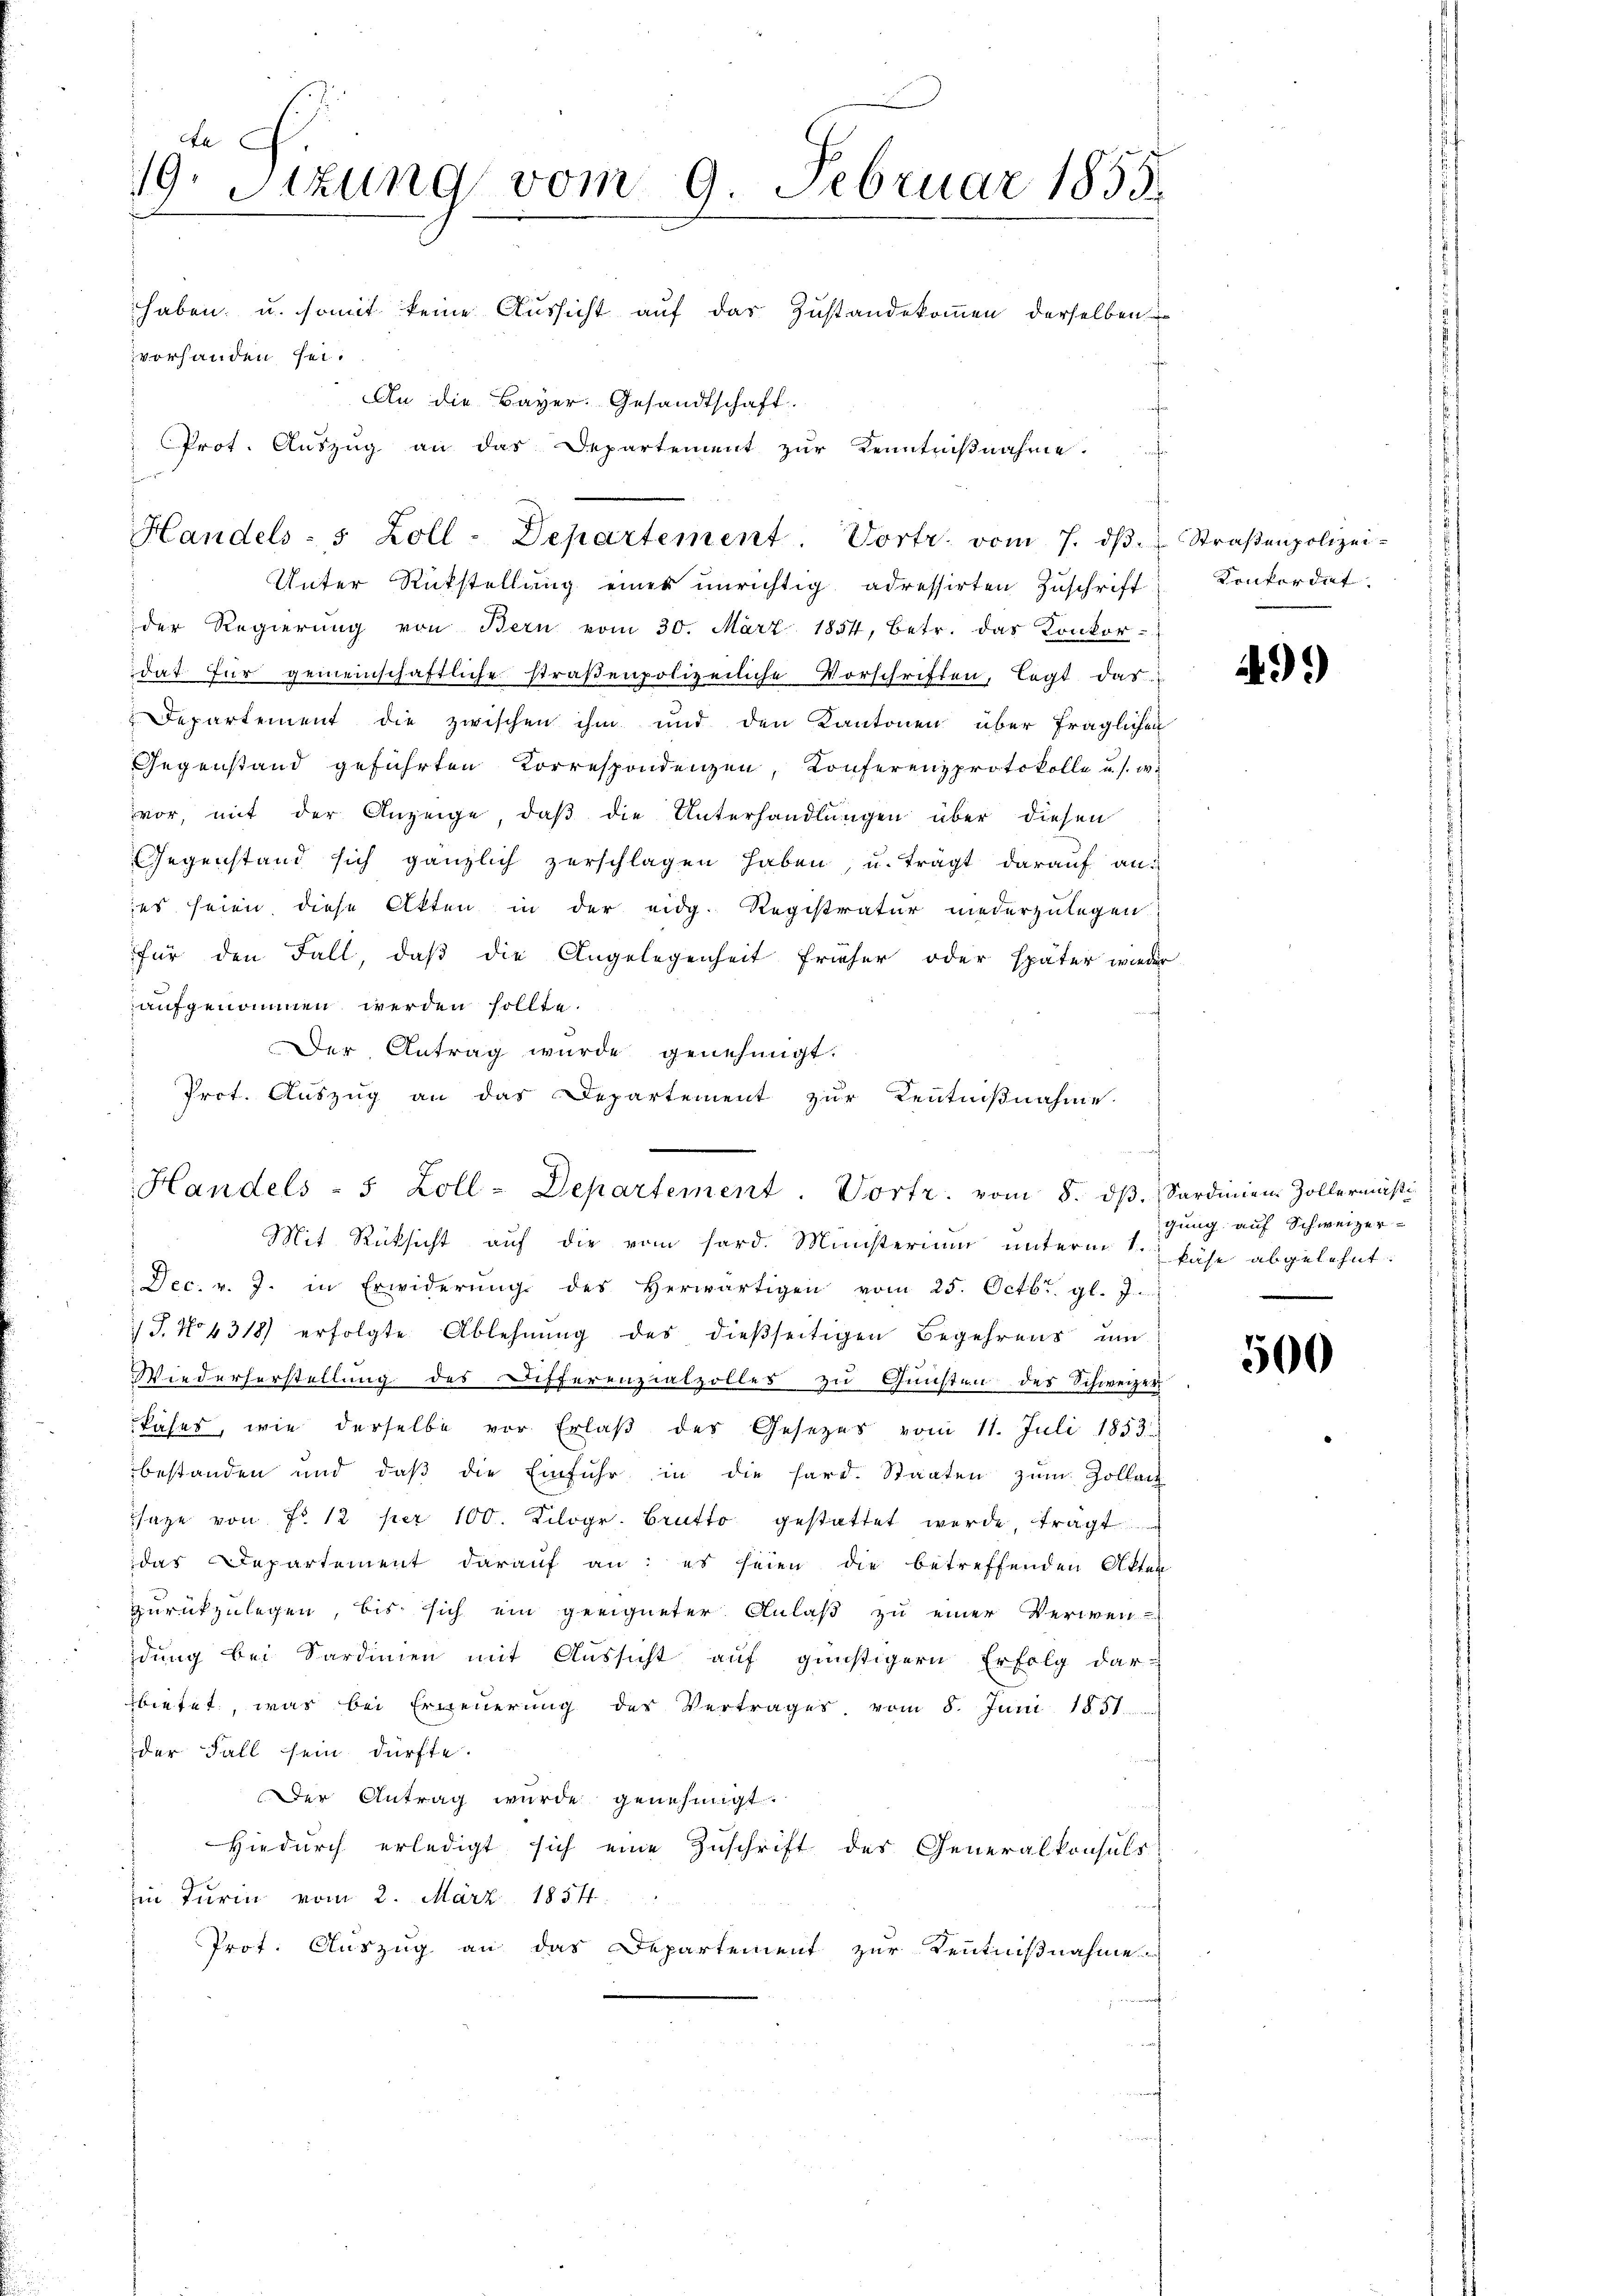
An
19.
Stzung vom 9. Februar 1855.
haben, u. somit keine Aussicht auf das Zustandekommen derselben
vorhanden sei.
An die Bayer. Gesandtschaft.
Prot. Auszug an das Departement zur Kenntnißnahme.
f

Handels- 5 Zoll-Departement. Vortr. vom 7. dβ.  Straβenpolizei-
Unter Rückstellung eines unrichtig adressirten Zuschrift

Handels - 5 Zoll-Departement. Vortr. vom 8. dβ. Sardinien Zollermäßi
Mit Rücksicht auf die vom sord. Ministerium unterm 1.

der Regierŭng von Bern vom 30. März 1854, betr. das Konkor-
dat für gemeinschaftliche straβenpolizeiliche Vorschriften, legt das
Departement die zwischen ihm und den Kantonen über fraglichen
Gegenstand geführten Correspondenzen, Konferenzprotokolle u. s. w.
vor, mit der Anzeige, daß die Unterhandlungen über diesen
Gegenstand sich gänzlich zerschlagen haben, u. trägt darauf an:
es seien diese Akten in der eidg. Registratur niederzulegen.
für den Fall, daβ die Angelegenheit früher oder später wieder
aufgenommen werden sollte.
n af
Der Antrag wurde genehmigt.
Prot. Auszug an das Departement zur Kenntnißnahme.

Dec. v. J. in Erwiderŭng des herwärtigen vom 25. Octbr. gl. J.
/J. No 4318 erfolgte Ablehnŭng des dießseitigen Begehrens ŭm
Wiederherstellung des Differenzialzolles zu Gunsten des Schweizer
kases, wie derselbe vor Erlaβ des Gesezes vom 11. Juli 1853
bestanden und daβ die Einfuhr in die hard. Staaten zŭm Zollac
sage von Fr. 12 per 100. Kilogr. Brutto gestattet werde, trägt
das Departement darauf an: es seien die betreffenden Akten
zurückzulegen, bis sich ein geeigneter Anlaß zu einer Verwen-
dung bei Sardinien mit Aussicht auf günstigern Erfolg dar-
bietet, was bei Erneuerung des Vertrages vom 8. Juni 1851.
der Fall sein dürfte.
f
Der Antrag wurde genehmigt.
Hiedurch erledigt sich eine Zuschrift des Generalkonsuls
in Turin vom 2. März 1854.
Prot. Auszug an das Departement zur Kenntnißnahme

Konkordat.

499)

gung auf Schweizer-
käse abgelehnt.

500